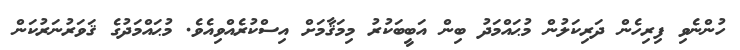
ހުންނެވި ފިރިހެން ދަރިކަލުން މުޙައްމަދު ބިން އަބީބަކުރު މިމަޤާމަށް އިސްކުރެއްވިއެވެ. މުޙައްމަދުގެ ޤަވަރުނަރުކަން